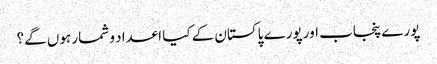
پورے پنجاب اور پورے پاکستان کے کیا اعداد و شمار ہوں گے؟